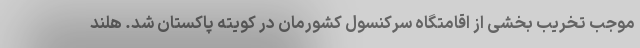
موجب تخریب بخشی از اقامتگاه سرکنسول کشورمان در کویته پاکستان شد. هلند